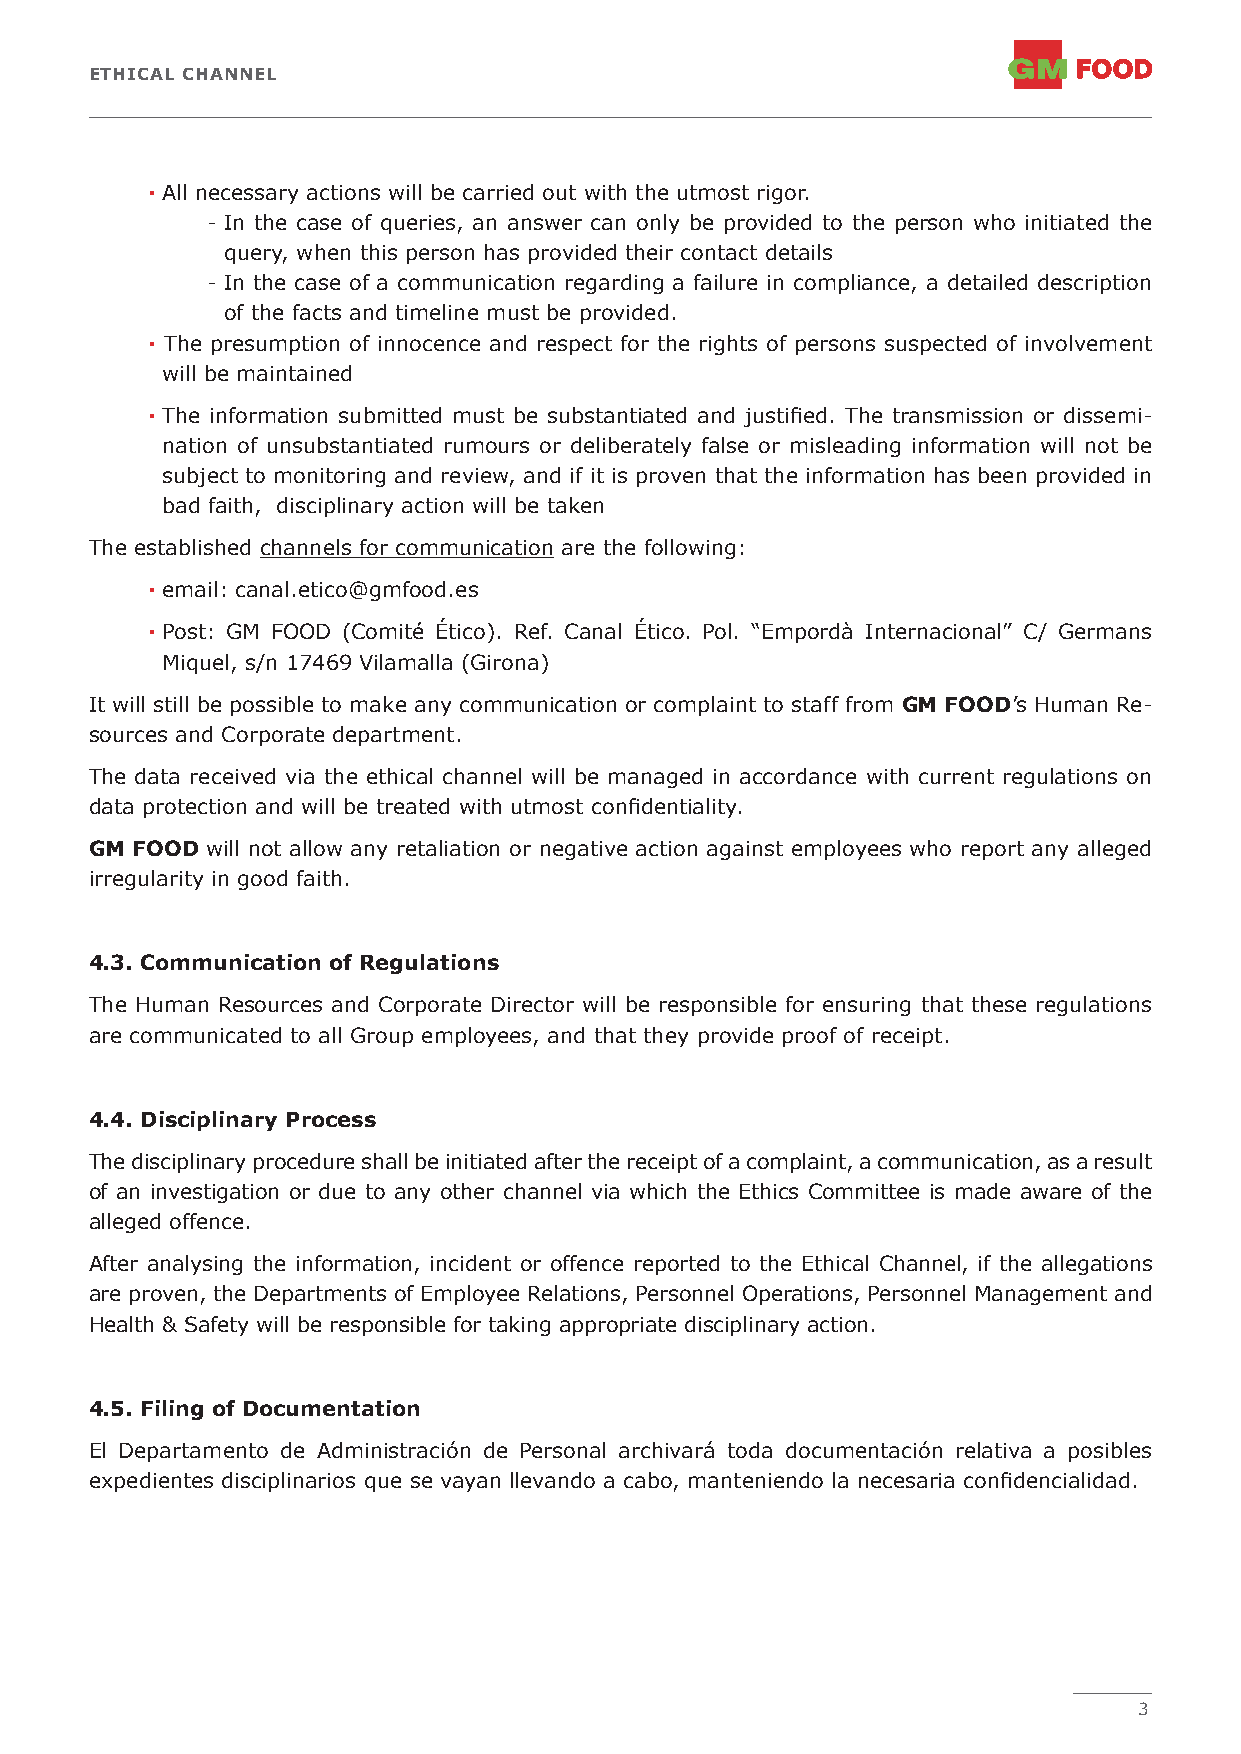
ETHICAL CHANNEL
 · All necessary actions will be carried out with the utmost rigor.
 - In the case of queries, an answer can only be provided to the person who initiated the
 query, when this person has provided their contact details
 - In the case of a communication regarding a failure in compliance, a detailed description
 of the facts and timeline must be provided.
 · The presumption of innocence and respect for the rights of persons suspected of involvement
 will be maintained
 · The information submitted must be substantiated and justified. The transmission or dissemi-
 nation of unsubstantiated rumours or deliberately false or misleading information will not be
 subject to monitoring and review, and if it is proven that the information has been provided in
 bad faith, disciplinary action will be taken
 The established channels for communication are the following:
 · email: canal.etico@gmfood.es
 · Post: GM FOOD (Comité Ético). Ref. Canal Ético. Pol. “Empordà Internacional” C/ Germans
 Miquel, s/n 17469 Vilamalla (Girona)
 It will still be possible to make any communication or complaint to staff from GM FOOD’s Human Re-
 sources and Corporate department.
 The data received via the ethical channel will be managed in accordance with current regulations on
 data protection and will be treated with utmost confidentiality.
 GM FOOD will not allow any retaliation or negative action against employees who report any alleged
 irregularity in good faith.
 4.3. Communication of Regulations
 The Human Resources and Corporate Director will be responsible for ensuring that these regulations
 are communicated to all Group employees, and that they provide proof of receipt.
 4.4. Disciplinary Process
 The disciplinary procedure shall be initiated after the receipt of a complaint, a communication, as a result
 of an investigation or due to any other channel via which the Ethics Committee is made aware of the
 alleged offence.
 After analysing the information, incident or offence reported to the Ethical Channel, if the allegations
 are proven, the Departments of Employee Relations, Personnel Operations, Personnel Management and
 Health & Safety will be responsible for taking appropriate disciplinary action.
 4.5. Filing of Documentation
 El Departamento de Administración de Personal archivará toda documentación relativa a posibles
 expedientes disciplinarios que se vayan llevando a cabo, manteniendo la necesaria confidencialidad.
 3